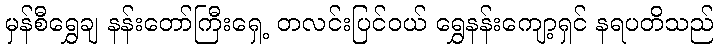
မှန်စီရွှေချ နန်းတော်ကြီးရှေ့ တလင်းပြင်ဝယ် ရွှေနန်းကျော့ရှင် နရပတိသည်